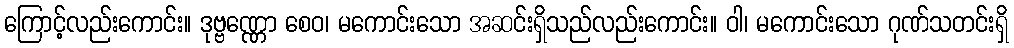
ကြောင့်လည်းကောင်း။ ဒုဗ္ဗဏ္ဏော စေဝ၊ မကောင်းသော အဆင်းရှိသည်လည်းကောင်း။ ဝါ၊ မကောင်းသော ဂုဏ်သတင်းရှိ